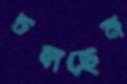
চলছেন